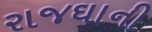
રાજઘાની